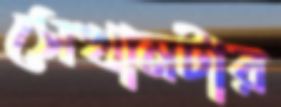
সেখানটার